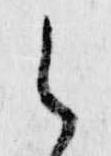
之